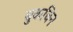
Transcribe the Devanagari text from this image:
बुकचिन